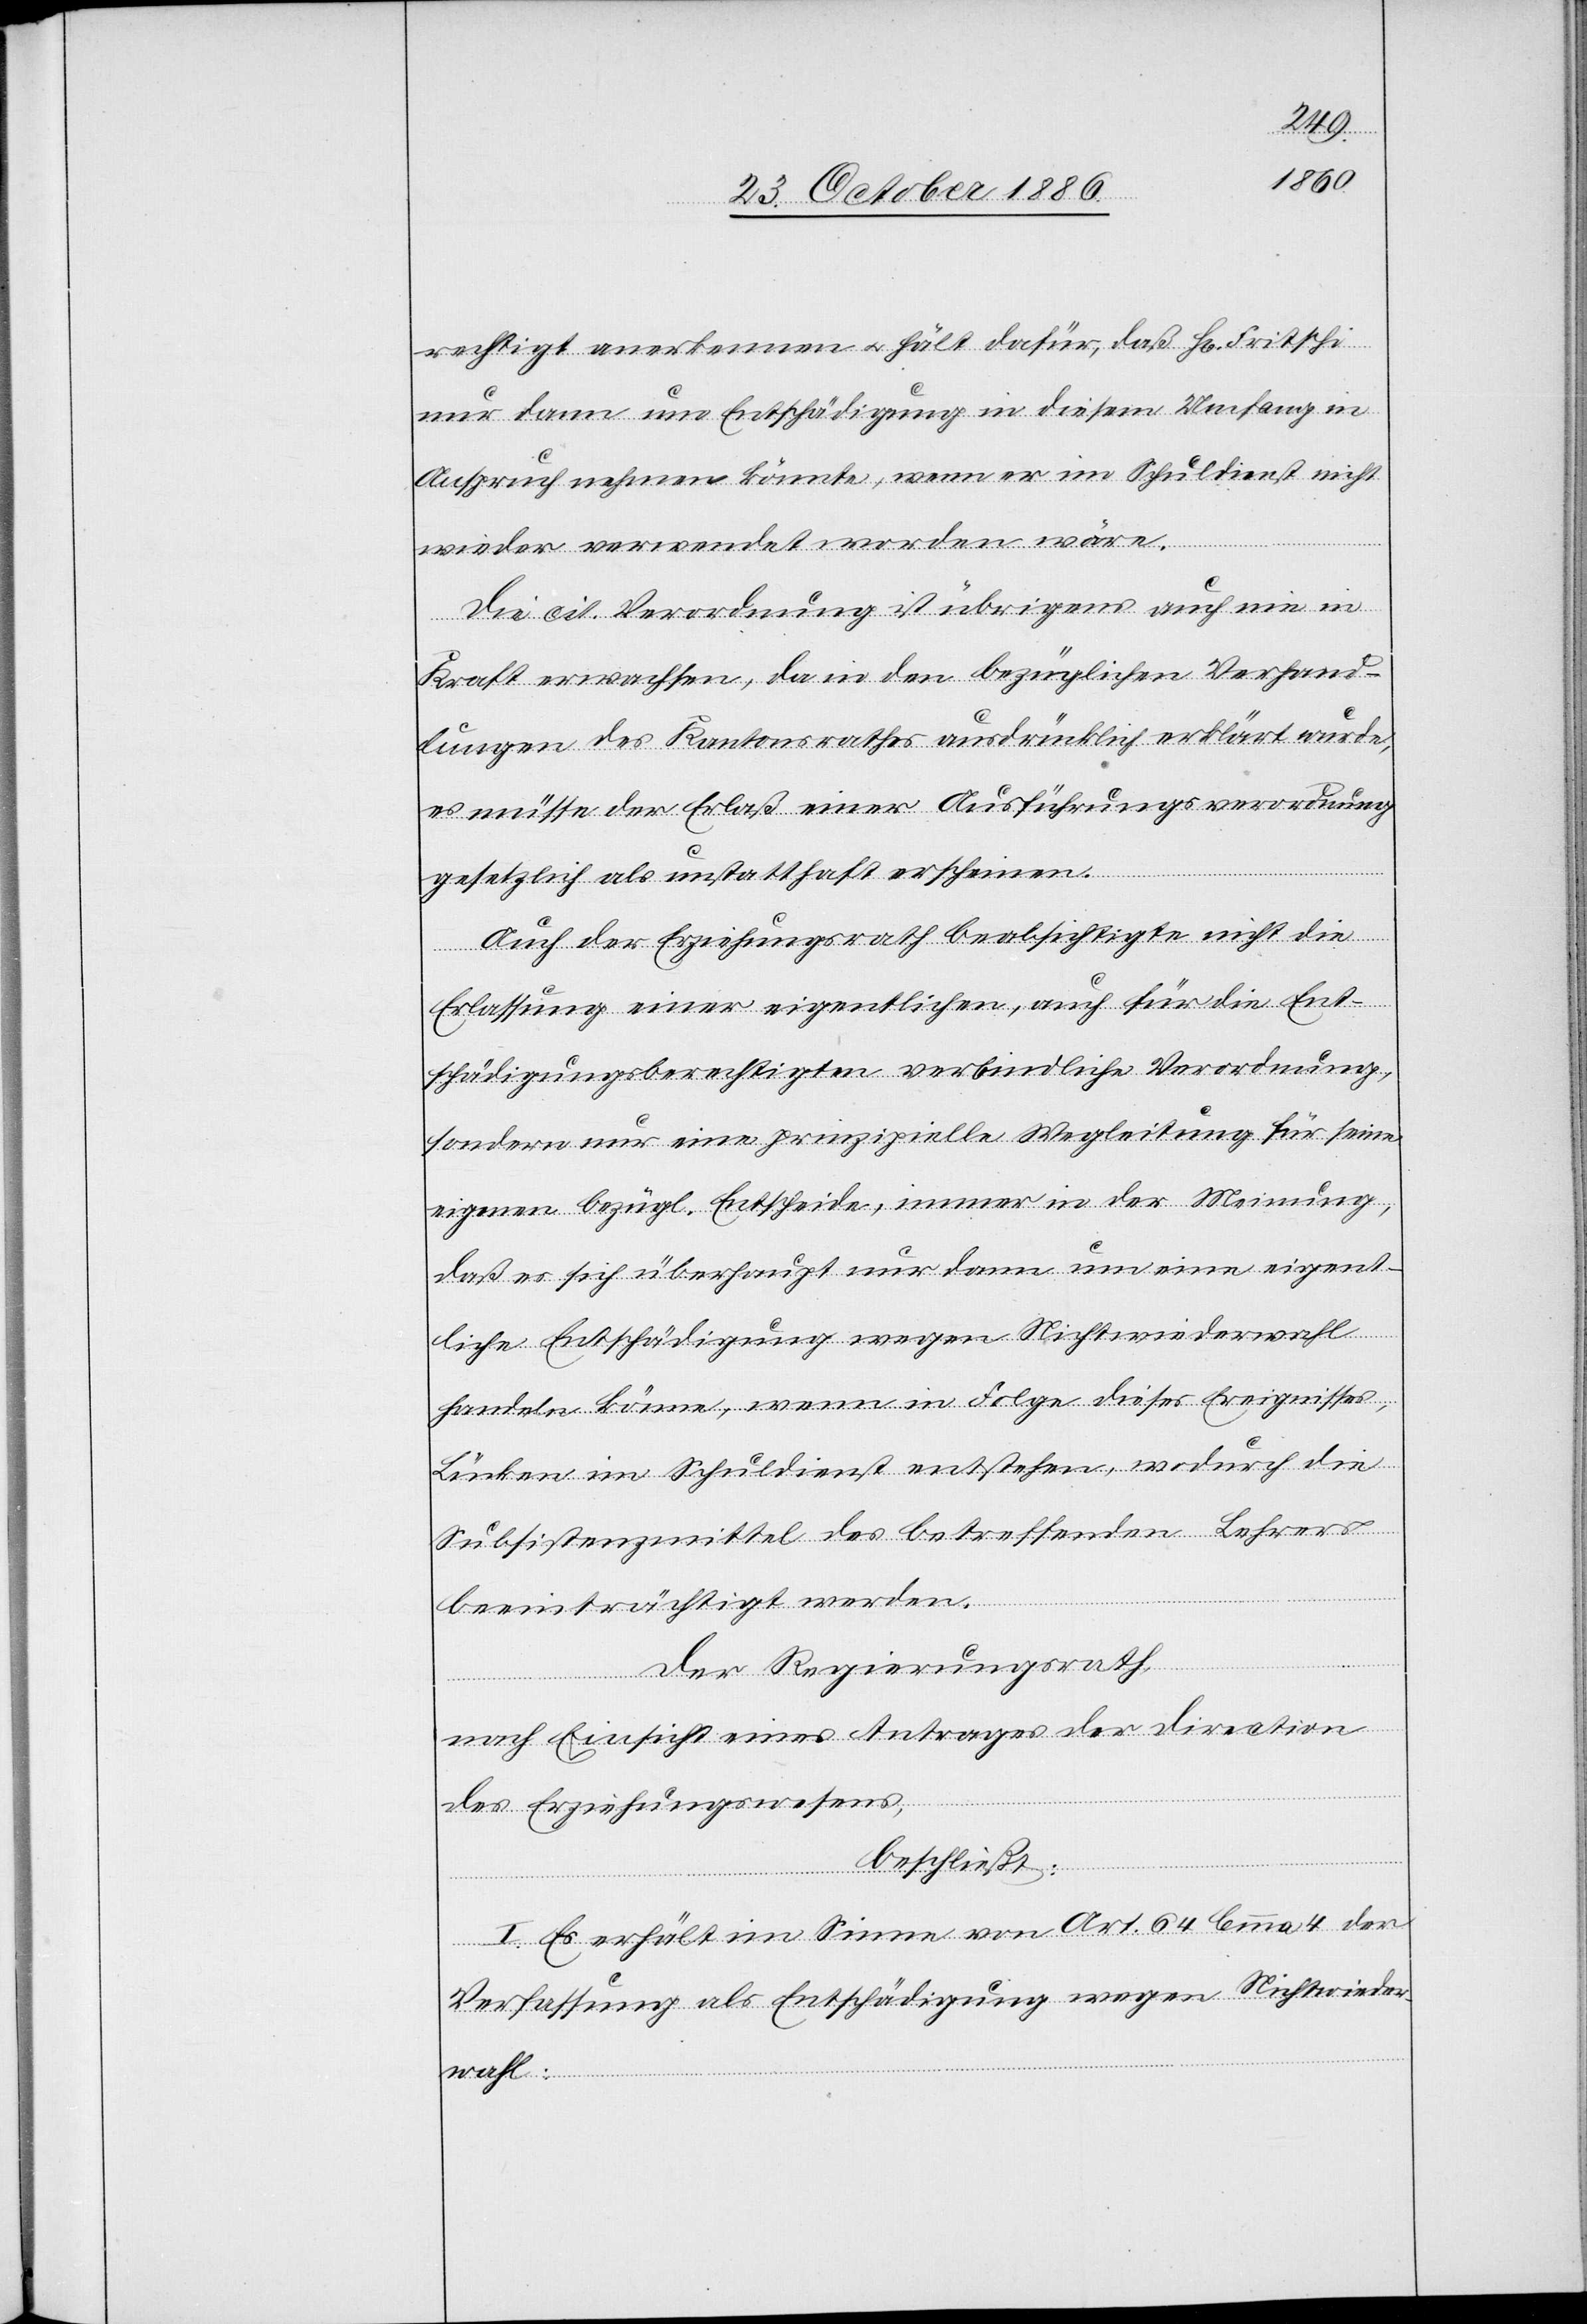
rechtigt anerkennen & hält dafür, daß H[err] Fritschi
nur dann um Entschädigung in diesem Umfang in
Anspruch nehmen könnte [sic!], wenn er im Schuldienst nicht
wieder verwendet worden wäre.
Die cit. Verordnung ist übrigens auch nie in
Kraft erwachsen, da in den bezüglichen Verhand¬
lungen des Kantonsrathes ausdrücklich erklärt wurde,
es müsse der Erlaß einer Ausführungsverordnung
gesetzlich als unstatthaft erscheinen.
Auch der Erziehungsrath beabsichtigte nicht die
Erlassung einer eigentlichen, auch für die Ent¬
schädigungsberechtigten verbindliche[n] Verordnung,
sondern nur eine prinzipielle Wegleitung für seine
eigenen bezügl. Entscheide, immer in der Meinung,
daß es sich überhaupt nur dann um eine eigent¬
liche Entschädigung wegen Nichtwiederwahl
handeln könne, wenn in Folge dieses Ereignisses,
Lücken im Schuldienst entstehen, wodurch die
Subsistenzmittel des betreffenden Lehrers
beeinträchtigt werden.
Der Regierungsrath,
nach Einsicht eines Antrages der Direction
des Erziehungswesens,
beschließt:
I. Es erhält im Sinne von Art. 64 lemma 4 der
Verfassung als Entschädigung wegen Nichtwieder¬
wahl: